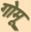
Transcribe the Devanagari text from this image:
गोमू